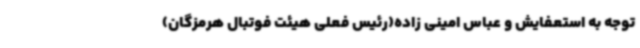
توجه به استعفایش و عباس امینی زاده(رئیس فعلی هیئت فوتبال هرمزگان)